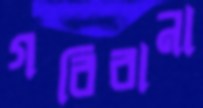
গরিবানা